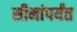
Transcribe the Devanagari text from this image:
सीमांपर्यंत